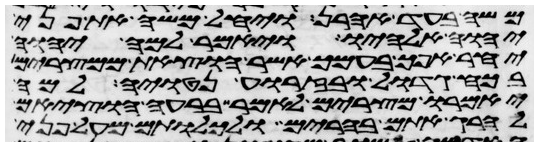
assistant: משה בעד אהרן ויחל משה את פני
יהוה אלהיו ויאמר למה יהוה
יחר אפך בעמך אשר הוצאת ממצרים
בכח גדול ובזרוע נטויה למה
יאמרו מצרים לאמר ברעה הוציאם
להרג אתם בהרים ולכלותם מעל פני